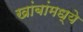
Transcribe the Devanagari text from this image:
खांबांमध्ये